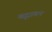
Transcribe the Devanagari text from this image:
बृदावन